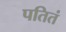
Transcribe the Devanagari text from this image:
पतितं